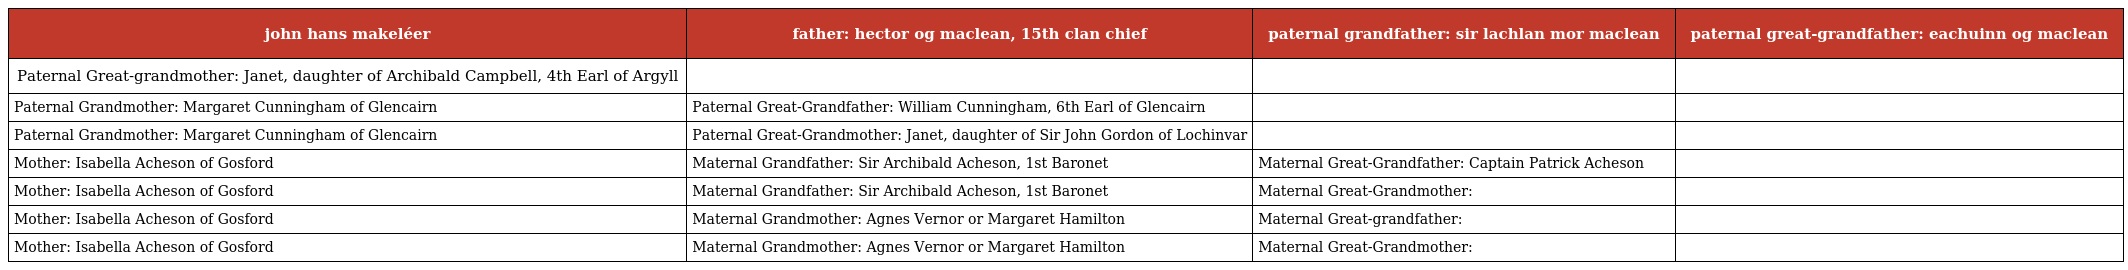
| john hans makeléer | father: hector og maclean, 15th clan chief | paternal grandfather: sir lachlan mor maclean | paternal great-grandfather: eachuinn og maclean |
 | --- | --- | --- | --- |
 | Paternal Great-grandmother: Janet, daughter of Archibald Campbell, 4th Earl of Argyll |  |  |  |
 | Paternal Grandmother: Margaret Cunningham of Glencairn | Paternal Great-Grandfather: William Cunningham, 6th Earl of Glencairn |  |  |
 | Paternal Grandmother: Margaret Cunningham of Glencairn | Paternal Great-Grandmother: Janet, daughter of Sir John Gordon of Lochinvar |  |  |
 | Mother: Isabella Acheson of Gosford | Maternal Grandfather: Sir Archibald Acheson, 1st Baronet | Maternal Great-Grandfather: Captain Patrick Acheson |  |
 | Mother: Isabella Acheson of Gosford | Maternal Grandfather: Sir Archibald Acheson, 1st Baronet | Maternal Great-Grandmother: |  |
 | Mother: Isabella Acheson of Gosford | Maternal Grandmother: Agnes Vernor or Margaret Hamilton | Maternal Great-grandfather: |  |
 | Mother: Isabella Acheson of Gosford | Maternal Grandmother: Agnes Vernor or Margaret Hamilton | Maternal Great-Grandmother: |  |